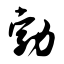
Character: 勃